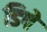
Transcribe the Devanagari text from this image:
डिपे